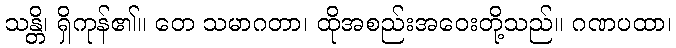
သန္တိ၊ ရှိကုန်၏။ တေ သမာဂတာ၊ ထိုအစည်းအဝေးတို့သည်။ ဂဏပထာ၊